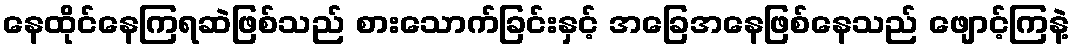
နေထိုင်နေကြရဆဲဖြစ်သည် စားသောက်ခြင်းနှင့် အခြေအနေဖြစ်နေသည် ဖျောင့်ကြနဲ့